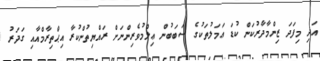
އަދި މިފަދަ ޒިންމާދާރުކަން ކުޑަ ޢަމަލުތަކުގެ ސަބަބުން ޢިލްމުވެރިންނަށް ރައްޔިތުންކުރާ އިޙްތިރާމްއާއި ގަދަރު